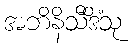
အဘိနိသီဒိံသု